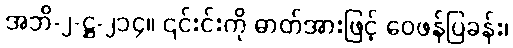
အဘိ-၂-ဋ္ဌ-၂၁၄။ ၎င်းင်းကို ဓာတ်အားဖြင့် ဝေဖန်ပြခန်း၊